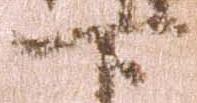
下